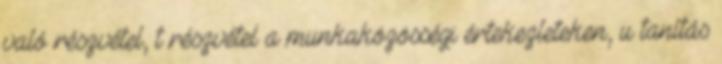
való részvétel, t részvétel a munkaközösségi értekezleteken, u tanítás